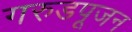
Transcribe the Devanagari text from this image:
गरुडपूजन